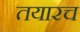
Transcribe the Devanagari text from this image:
तयारच